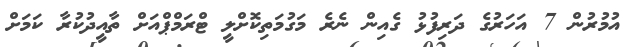
އުމުރުން 7 އަހަރުގެ ދަރިފުޅު ގެއިން ނެރެ މަގުމަތިކޮށްލީ ޓްރަމްޕްއަށް ތާއީދުކުރާ ކަމަށް